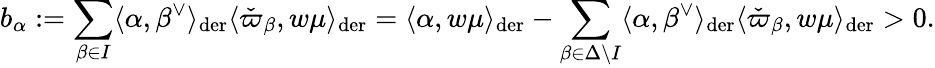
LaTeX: b_{\alpha}:=\sum_{\beta\in I}\langle\alpha,\beta^{\vee}\rangle_{\mathrm{der}}\langle\check{\varpi}_{\beta},w\mu\rangle_{\mathrm{der}}=\langle\alpha,w\mu\rangle_{\mathrm{der}}-\sum_{\beta\in\Delta\backslash I}\langle\alpha,\beta^{\vee}\rangle_{\mathrm{der}}\langle\check{\varpi}_{\beta},w\mu\rangle_{\mathrm{der}}>0.